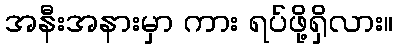
အနီးအနားမှာ ကား ရပ်ဖို့ရှိလား။